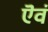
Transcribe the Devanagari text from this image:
ऎवं